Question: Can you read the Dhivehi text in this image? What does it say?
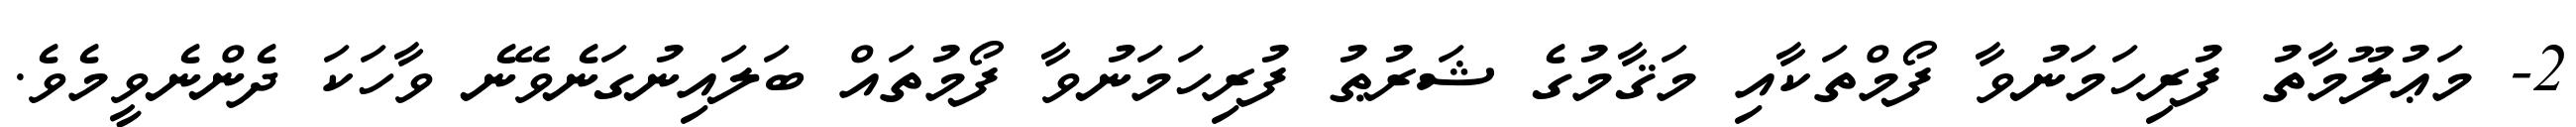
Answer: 2- މަޢުލޫމާތު ފުރިހަމަނުވާ ފޯމްތަކާއި މަޤާމުގެ ޝަރުޠު ފުރިހަމަނުވާ ފޯމުތައް ބަލައިނުގަނެވޭނެ ވާހަކަ ދެންނެވީމެވެ.